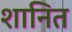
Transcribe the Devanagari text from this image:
शानित